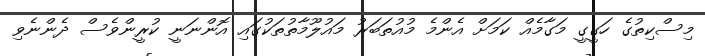
މިސްކިތުގެ ހަގީގީ މަގާމެއް ކަމަށް އެންމެ މުއުތަބަރު މައުލޫމާތުތަކުގައި އޮންނަނީ ކުރީންވެސް ދެންނެވި